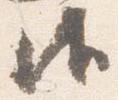
御